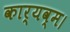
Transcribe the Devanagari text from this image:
कार्यव्म।